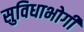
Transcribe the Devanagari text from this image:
सुविधाभोगी